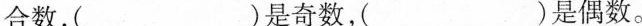
合数，( )是奇数，( )是偶数。